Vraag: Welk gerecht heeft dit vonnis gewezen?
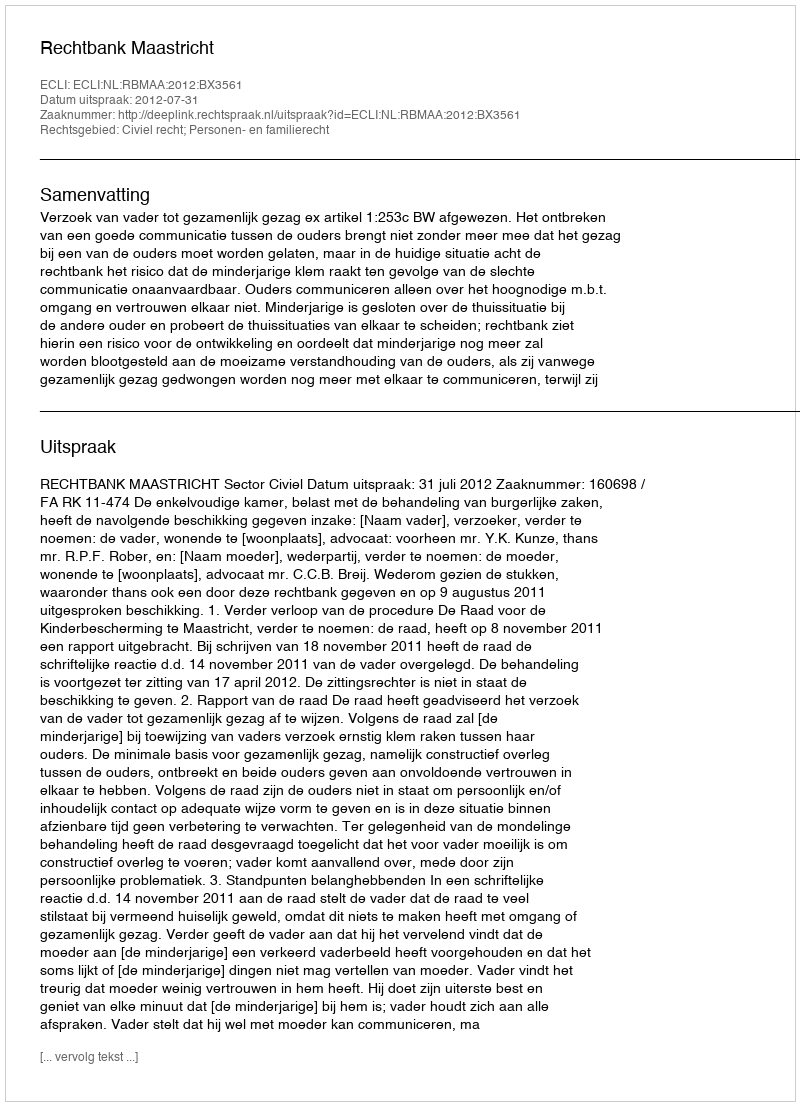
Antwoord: Rechtbank Maastricht